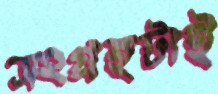
সংগ্রহটাই